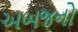
અબજનો